Vital statistics of India. Vol. IV, Annual returns from 1871 to 1876. British Army of India, Native Army and jails of Bengal
Year: 1871
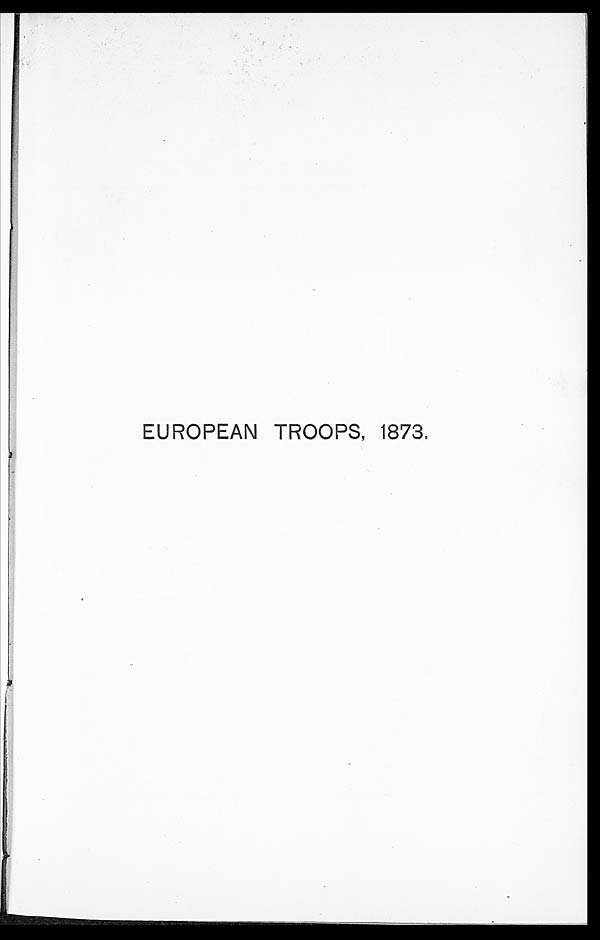
EUROPEAN TROOPS, 1873.